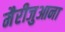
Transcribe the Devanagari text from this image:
मैरीजुआना